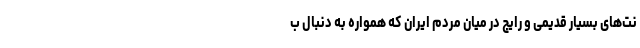
نت‌های بسیار قدیمی و رایج در میان مردم ایران که همواره به دنبال ب